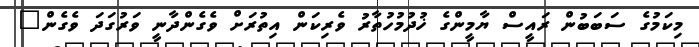
މިކަމުގެ ސަބަބުން ރައީސް ޔާމީންގެ ޚުދުމުހުތާރު ވެރިކަން އިތުރަށް ވެގެންދާނީ ވަރުގަދަ ވެގެން"